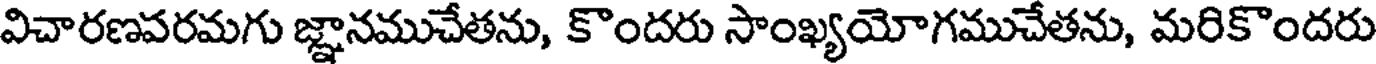
విచారణవరమగు జ్ఞానముచేతను, కొందరు సాంఖ్యయోగముచేతను, మరికొందరు